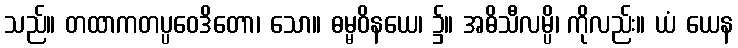
သည်။ တထာကတပ္ပဝေဒိတော၊ သော။ ဓမ္မဝိနယေ၊ ၌။ အဓိသီလမ္ပိ၊ ကိုလည်း။ ယံ ယေန